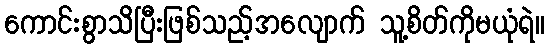
ကောင်းစွာသိပြီးဖြစ်သည့်အလျောက် သူ့စိတ်ကိုမယုံရဲ။